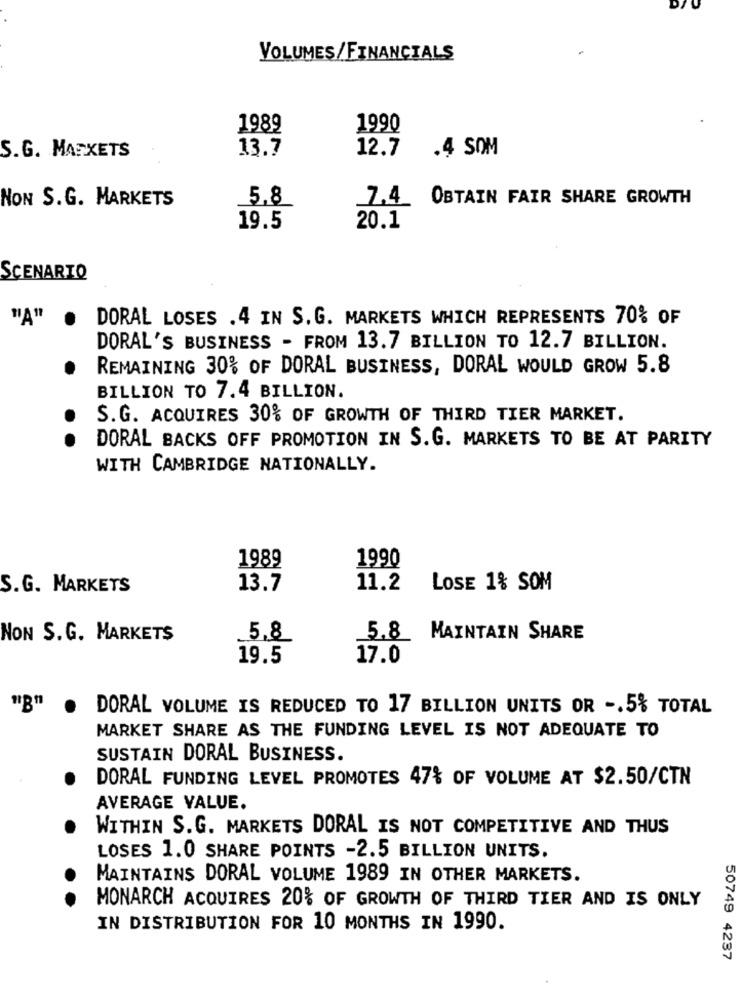
VOLUMES/FINANCIALS
1989
1990
S.G. MARKETS
13.7
12.7
.4 SOM
NON S.G. MARKETS
5.8
7.4 OBTAIN FAIR SHARE GROWTH
19.5
20.1
SCENARIO
"A"
.
DORAL LOSES .4 IN S.G. MARKETS WHICH REPRESENTS 70% OF
DORAL'S BUSINESS - FROM 13.7 BILLION TO 12.7 BILLION.
REMAINING 30% OF DORAL BUSINESS, DORAL WOULD GROW 5.8
BILLION TO 7.4 BILLION.
S.G. ACQUIRES 30% OF GROWTH OF THIRD TIER MARKET.
DORAL BACKS OFF PROMOTION IN S.G. MARKETS TO BE AT PARITY
WITH CAMBRIDGE NATIONALLY.
1989
1990
S.G. MARKETS
13.7
11.2
LOSE 1% SOM
NON S.G. MARKETS
5.8
5.8 MAINTAIN SHARE
19.5
17.0
.
DORAL VOLUME IS REDUCED TO 17 BILLION UNITS OR -. 5% TOTAL
MARKET SHARE AS THE FUNDING LEVEL IS NOT ADEQUATE TO
SUSTAIN DORAL BUSINESS.
DORAL FUNDING LEVEL PROMOTES 47% OF VOLUME AT $2.50/CTN
AVERAGE VALUE.
WITHIN S.G. MARKETS DORAL IS NOT COMPETITIVE AND THUS
LOSES 1.0 SHARE POINTS -2.5 BILLION UNITS.
MAINTAINS DORAL VOLUME 1989 IN OTHER MARKETS.
MONARCH ACQUIRES 20% OF GROWTH OF THIRD TIER AND IS ONLY
IN DISTRIBUTION FOR 10 MONTHS IN 1990.
50749 4237